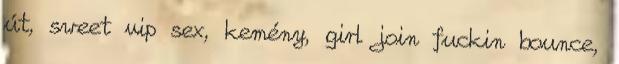
út, sweet vip sex, kemény, girl join fuckin bounce,